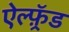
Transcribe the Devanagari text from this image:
ऐल्फ़्रॅड